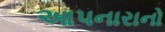
આપનારાનો